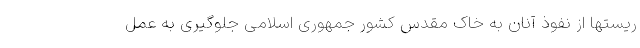
ریستها از نفوذ آنان به خاک مقدس کشور جمهوری اسلامی جلوگیری به عمل